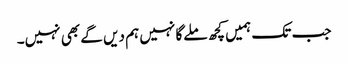
جب تک ہمیں کچھ ملےگا نہیں ہم دیں گے بھی نہیں۔